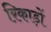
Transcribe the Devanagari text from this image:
रिकाड़ों